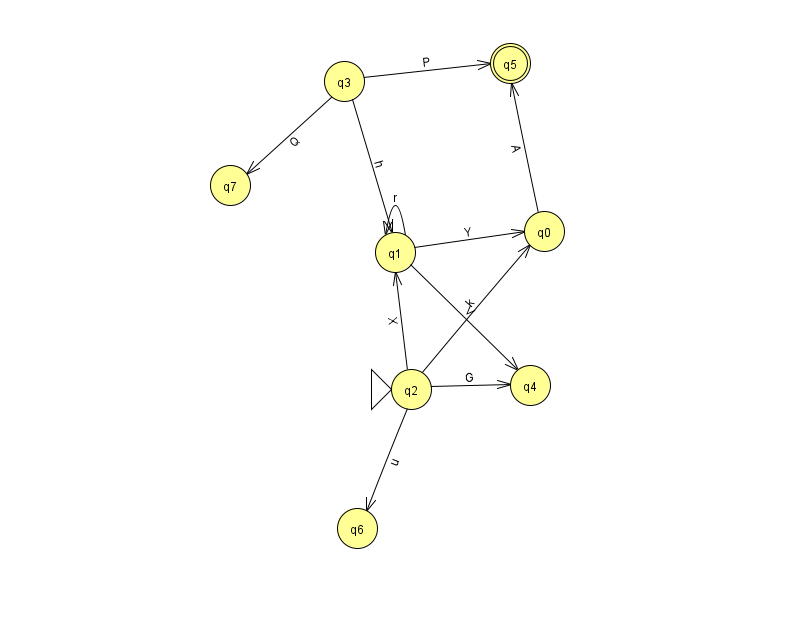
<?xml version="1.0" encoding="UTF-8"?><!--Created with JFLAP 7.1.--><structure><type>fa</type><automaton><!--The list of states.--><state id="0" name="q0"><x>544.0</x><y>218.0</y></state><state id="1" name="q1"><x>395.0</x><y>239.0</y></state><state id="2" name="q2"><x>411.0</x><y>376.0</y><initial/></state><state id="3" name="q3"><x>344.0</x><y>68.0</y></state><state id="4" name="q4"><x>530.0</x><y>372.0</y></state><state id="5" name="q5"><x>510.0</x><y>50.0</y><final/></state><state id="6" name="q6"><x>357.0</x><y>515.0</y></state><state id="7" name="q7"><x>230.0</x><y>172.0</y></state><!--The list of transitions.--><transition><from>2</from><to>0</to><read>k</read></transition><transition><from>1</from><to>1</to><read>r</read></transition><transition><from>0</from><to>5</to><read>A</read></transition><transition><from>2</from><to>6</to><read>u</read></transition><transition><from>1</from><to>0</to><read>Y</read></transition><transition><from>2</from><to>4</to><read>G</read></transition><transition><from>3</from><to>7</to><read>Q</read></transition><transition><from>2</from><to>1</to><read>X</read></transition><transition><from>1</from><to>4</to><read>V</read></transition><transition><from>3</from><to>5</to><read>P</read></transition><transition><from>3</from><to>1</to><read>h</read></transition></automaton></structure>